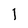
Character: l